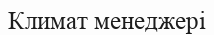
Климат менеджері